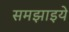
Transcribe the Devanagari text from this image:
समझाइये